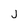
Character: J